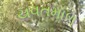
યવતમાળ